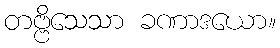
တဗ္ဗိသေသာ ခဏာဒယော။